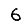
Digit: 6